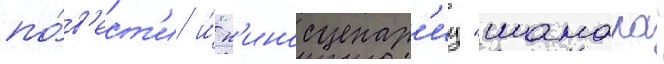
по́в'ест'и и́ к'иносценар'иу "шамара"